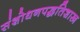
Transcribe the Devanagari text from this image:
संशोधनपद्धतिशास्त्र